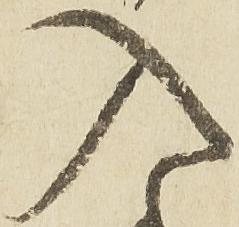
入